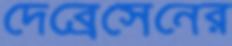
দেব্রেসেনের